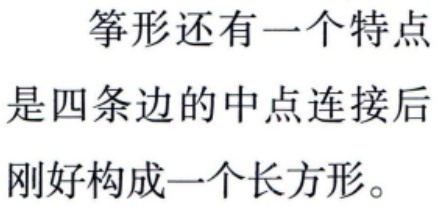
筝形还有一个特点是四条边的中点连接后刚好构成一个长方形。